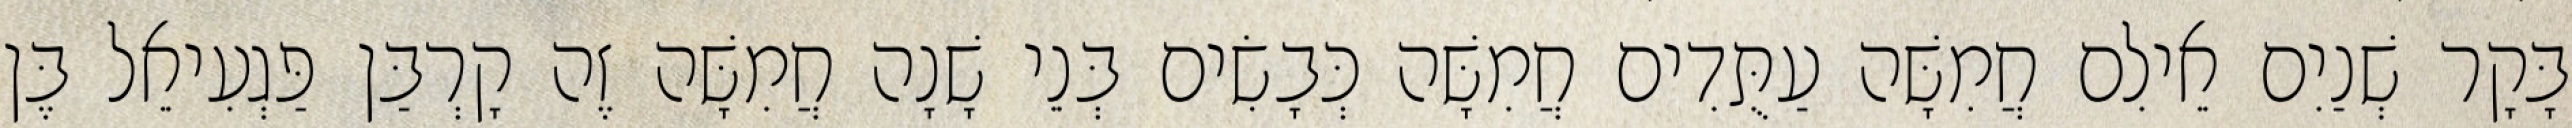
בָּקָר שְׁנַיִם אֵילִם חֲמִשָּׁה עַתֻּדִים חֲמִשָּׁה כְּבָשִׂים בְּנֵי שָׁנָה חֲמִשָּׁה זֶה קָרְבַּן פַּגְעִיאֵל בֶּן